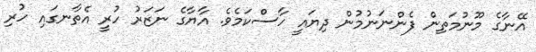
އޭނާގެ މޫނުމަތިން ފެންނަނުމުން ދިޔައީ ހާސްކަމެވެ. އާޔާގެ ނަޒަރު ހުރީ އެތާނގައި ހުރި